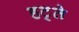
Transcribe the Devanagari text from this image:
हट्ते